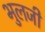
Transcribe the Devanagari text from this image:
भुलजी